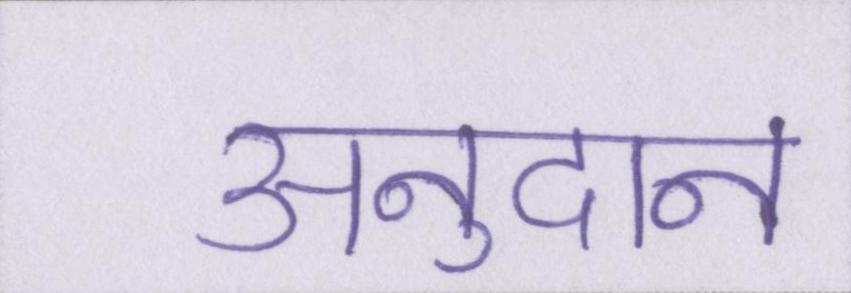
अनुदान